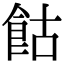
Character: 𩚩